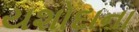
યશોદાના